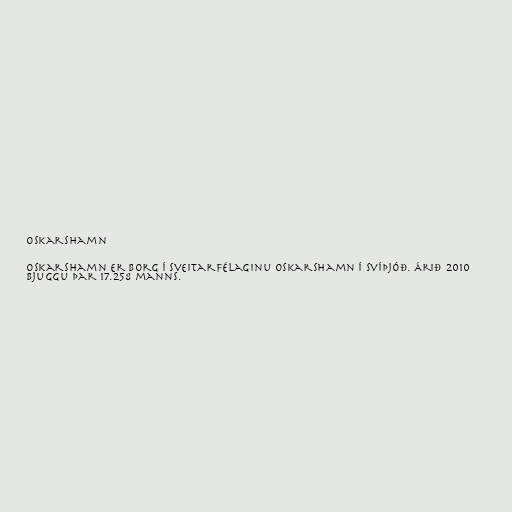
Oskarshamn

Oskarshamn er borg í Sveitarfélaginu Oskarshamn í Svíþjóð. Árið 2010
bjuggu þar 17.258 manns.